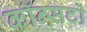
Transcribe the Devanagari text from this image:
कॉन्सर्टो